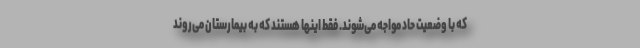
که با وضعیت حاد مواجه می‌شوند. فقط اینها هستند که به بیمارستان می‌روند